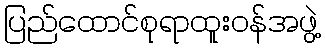
ပြည်ထောင်စုရာထူးဝန်အဖွဲ့